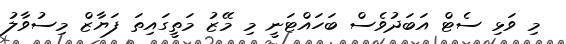
މި ވަޅި ސެޓް އަބަދުވެސް ބަހައްޓަނީ މި މޭޒު މަތީގައިތަ ފަޔާޒް މިސުވާލު